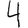
Digit: 4